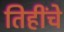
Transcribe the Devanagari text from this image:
तिहींचे